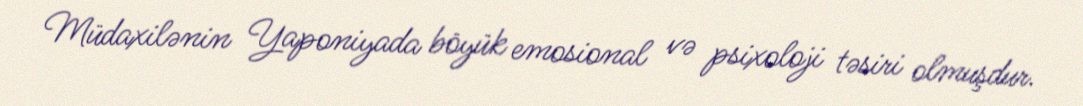
Müdaxilənin Yaponiyada böyük emosional və psixoloji təsiri olmuşdur.